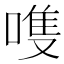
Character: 𫫊